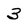
Character: 3